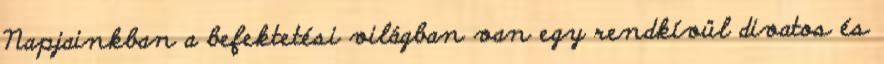
Napjainkban a befektetési világban van egy rendkívül divatos és